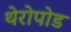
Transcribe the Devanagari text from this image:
थेरोपोड